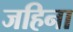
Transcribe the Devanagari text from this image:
जहिना